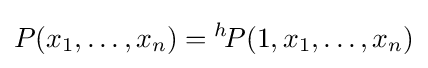
P(x_{1},\dots ,x_{n})={^{h}\!P}(1,x_{1},\dots ,x_{n})